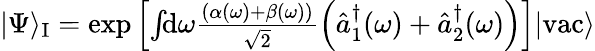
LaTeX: \begin{array}{r}{|\Psi\rangle_{\mathrm{I}}=\exp\left[\int\! \! \mathrm{d}\omega\frac{\left(\alpha(\omega)+\beta(\omega)\right)}{\sqrt{2}}\left(\hat{a}_{1}^{\dagger}(\omega)+\hat{a}_{2}^{\dagger}(\omega)\right)\right]|\mathrm{vac}\rangle}\end{array}